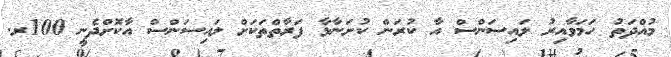
މުއްދަތު ހަމަވާއިރު ލައިސަންސް އާ ކުރަން ކުށަނާޅާ ފަރާތްތަކަށް ލައިސަންސް އާކޮށްދެނީ 100ރ.